Plague in India, 1896, 1897 - Volume 3
Year: 1896
Disease focus: Plague
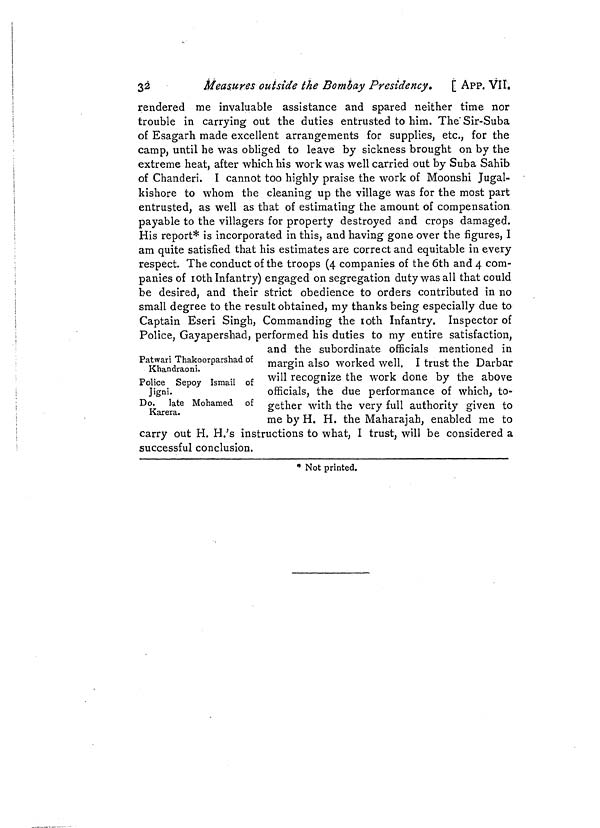
32
Measures outside the Bombay Presidency.
[ APP. VII.
rendered me invaluable assistance and spared neither time nor
trouble in carrying out the duties entrusted to him. The Sir-Suba
of Esagarh made excellent arrangements for supplies, etc., for the
camp, until he was obliged to leave by sickness brought on by the
extreme heat, after which his work was well carried out by Suba Sahib
of Chanderi. I cannot too highly praise the work of Moonshi Jugal-
kishore to whom the cleaning up the village was for the most part
entrusted, as well as that of estimating the amount of compensation
payable to the villagers for property destroyed and crops damaged.
His report* is incorporated in this, and having gone over the figures, I
am quite satisfied that his estimates are correct and equitable in every
respect. The conduct of the troops (4 companies of the 6th and 4 com-
panies of 10th Infantry) engaged on segregation duty was all that could
be desired, and their strict obedience to orders contributed in no
small degree to the result obtained, my thanks being especially due to
Captain Eseri Singh, Commanding the 10th Infantry. Inspector of
Police, Gayapershad, performed his duties to my entire satisfaction,
Patwari Thakoorparshad of
Khandraoni.
Police Sepoy Ismail of
Jigni.
Do. late Mohamed of
Karera.
and the subordinate officials mentioned in
margin also worked well. I trust the Darbar
will recognize the work done by the above
officials, the due performance of which, to-
gether with the very full authority given to
me by H. H. the Maharajah, enabled me to
*
*
»
carry out H. H.'s instructions to what, I trust, will be considered a
successful conclusion.
* Not printed.